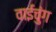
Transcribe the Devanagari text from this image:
वाईचुंग